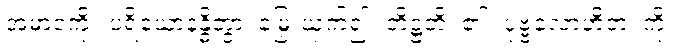
အမာဝကို။ ပရိယောနန္ဓိတွာ၊ မြှေးယှက်၍။ တိဋ္ဌတိ၊ ၏။ ပုဗ္ဗလောဟိတံ၊ ကို။